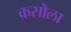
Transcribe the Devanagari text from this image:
कसौला